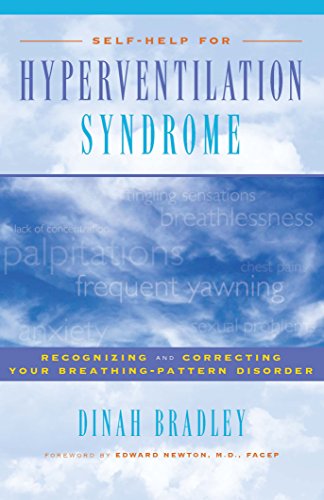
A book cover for Self-Help for Hyperventilation Syndrome: Recognizing and Correcting Your Breathing Pattern Disorder; Dinah Bradley; Health, Fitness & Dieting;